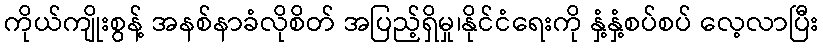
ကိုယ်ကျိုးစွန့် အနစ်နာခံလိုစိတ် အပြည့်ရှိမှု၊နိုင်ငံရေးကို နှံ့နှံ့စပ်စပ် လေ့လာပြီး